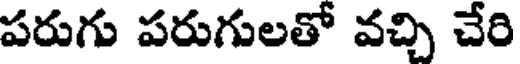
పరుగు పరుగులతో వచ్చి చేరి